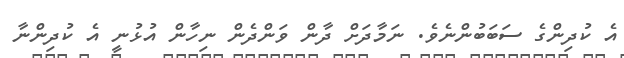
އެ ކުދިންގެ ސަބަބުންނެވެ. ނަމާދަށް ދާން ވަންދެން ނިހާން އުޅުނީ އެ ކުދިންނާ